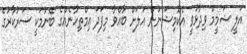
އަލީ ޝަމީމް ވިދާޅުވީ އެކޮމިޝަނުން އަލަށް ބާއްވާ މިފަދަ އިމްތިހާނެއްގެ ބޭނުމަކީ ސަރުކާރުގެ